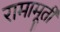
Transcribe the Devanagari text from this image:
रामामूर्ती